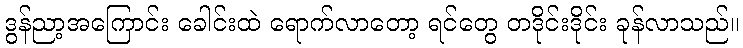
ဒွန်ညာ့အကြောင်း ခေါင်းထဲ ရောက်လာတော့ ရင်တွေ တဒိုင်းဒိုင်း ခုန်လာသည်။